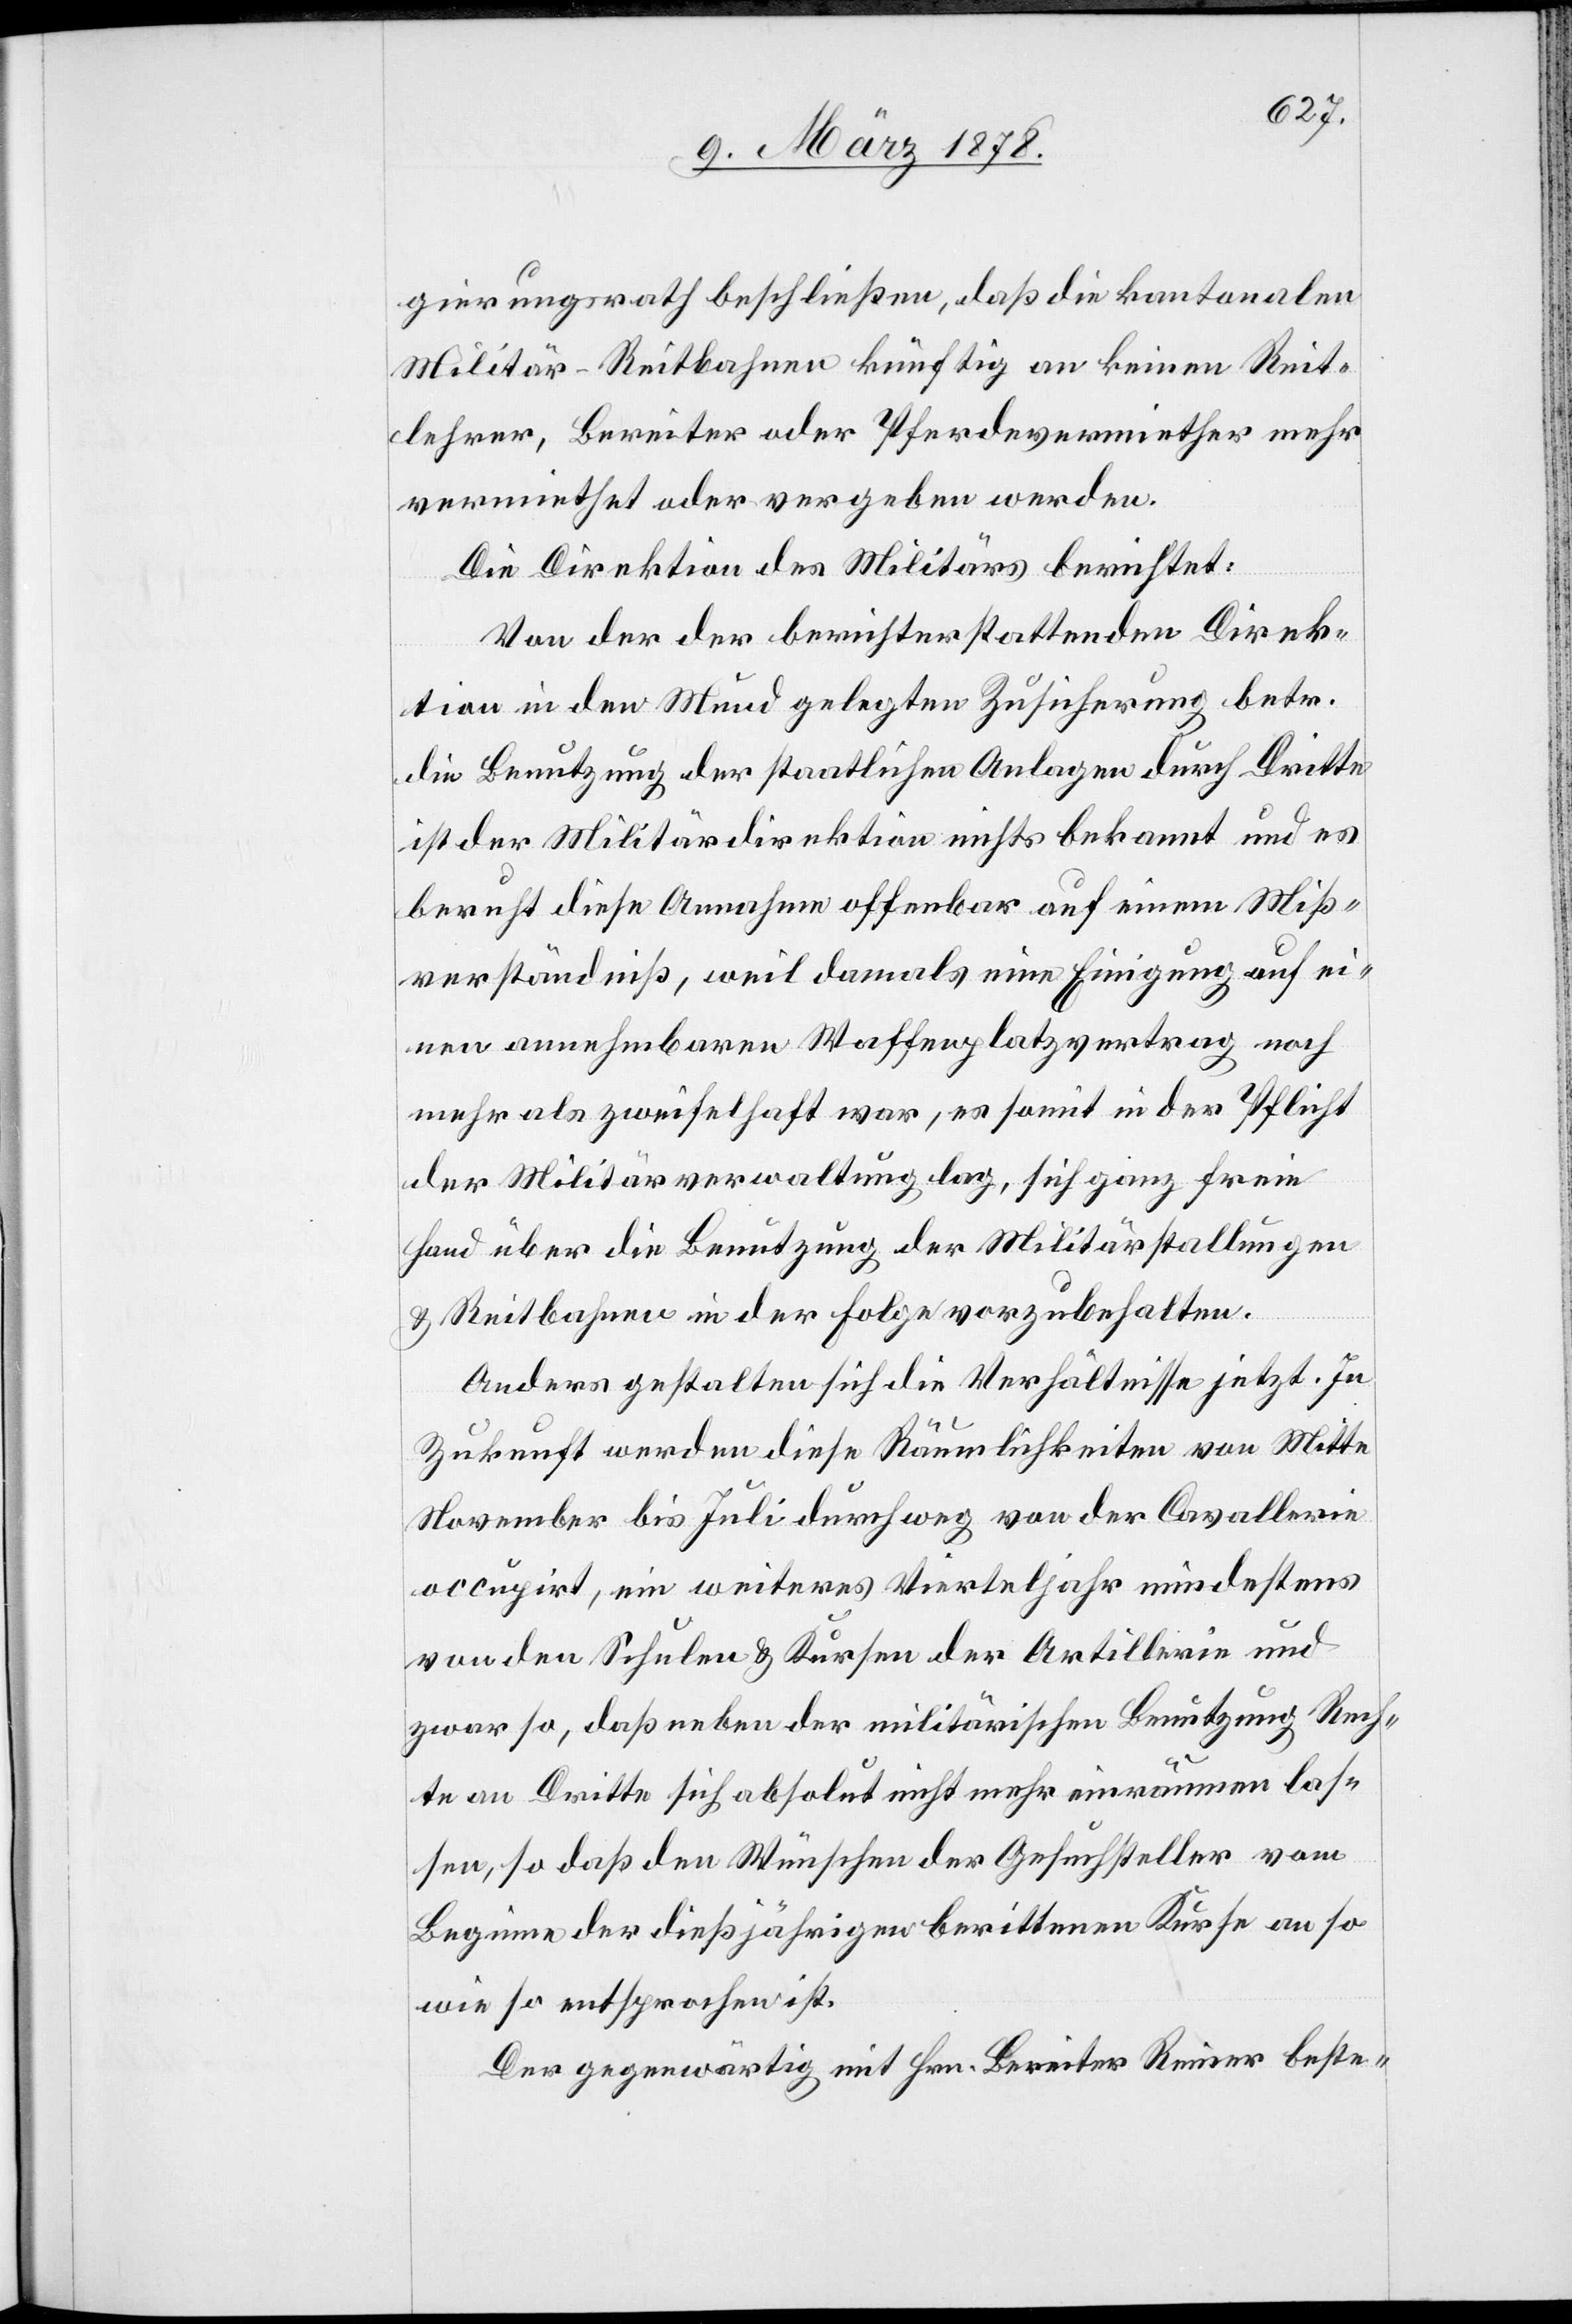
gierungsrath beschließen, daß die kantonalen
Militär-Reitbahnen künftig an keinen Reit¬
lehrer, Bereiter oder Pferdevermiether mehr
vermiethet oder vergeben werden.
Die Direktion des Militärs berichtet:
Von der der berichterstattenden Direk¬
tion in den Mund gelegten Zusicherung betr.
die Benutzung der staatlichen Anlagen durch Dritte
ist der Militärdirektion nichts bekannt und es
beruht diese Annahme offenbar auf einem Miß¬
verständniß, weil damals eine Einigung auf ei¬
nen annehmbaren Waffenplatzvertrag noch
mehr als zweifelhaft war, es somit in der Pflicht
der Militärverwaltung lag, sich ganz freie
Hand über die Benutzung der Militärstallungen
& Reitbahnen in der Folge vorzubehalten.
Anders gestalten sich die Verhältnisse jetzt. In
Zukunft werden diese Räumlichkeiten von Mitte
November bis Juli durchweg von der Cavallerie
occupirt, ein weiteres Vierteljahr mindestens
von den Schulen & Kursen der Artillerie und
zwar so, daß neben der militärischen Benutzung Rech¬
te an Dritte sich absolut nicht mehr einräumen las¬
sen, so daß den Wünschen der Gesuchsteller vom
Beginn der dießjährigen berittenen Kurse an so
wie so entsprochen ist.
Der gegenwärtig mit Hrn. Bereiter Reiner beste-